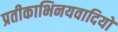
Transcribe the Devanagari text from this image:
प्रतीकाभिनयवादियों